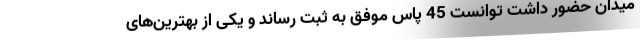
میدان حضور داشت توانست 45 پاس موفق به ثبت رساند و یکی از بهترین‌های